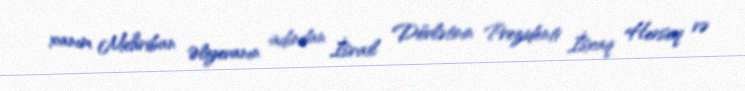
xanım Mehriban Əliyevanın adından İsrail Dövlətinin Prezidenti İsxaq Hersoq və